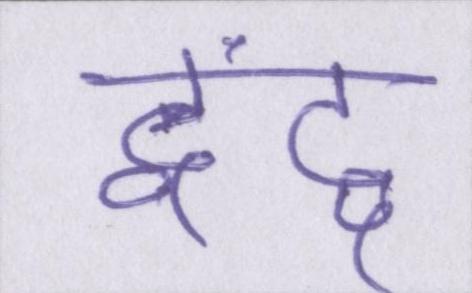
द्वंद्व